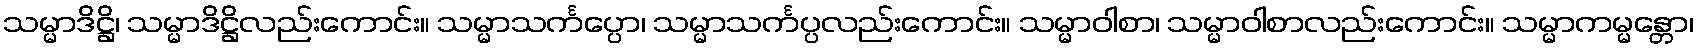
သမ္မာဒိဋ္ဌိ၊ သမ္မာဒိဋ္ဌိလည်းကောင်း။ သမ္မာသင်္ကပ္ပော၊ သမ္မာသင်္ကပ္ပလည်းကောင်း။ သမ္မာဝါစာ၊ သမ္မာဝါစာလည်းကောင်း။ သမ္မာကမ္မန္တော၊